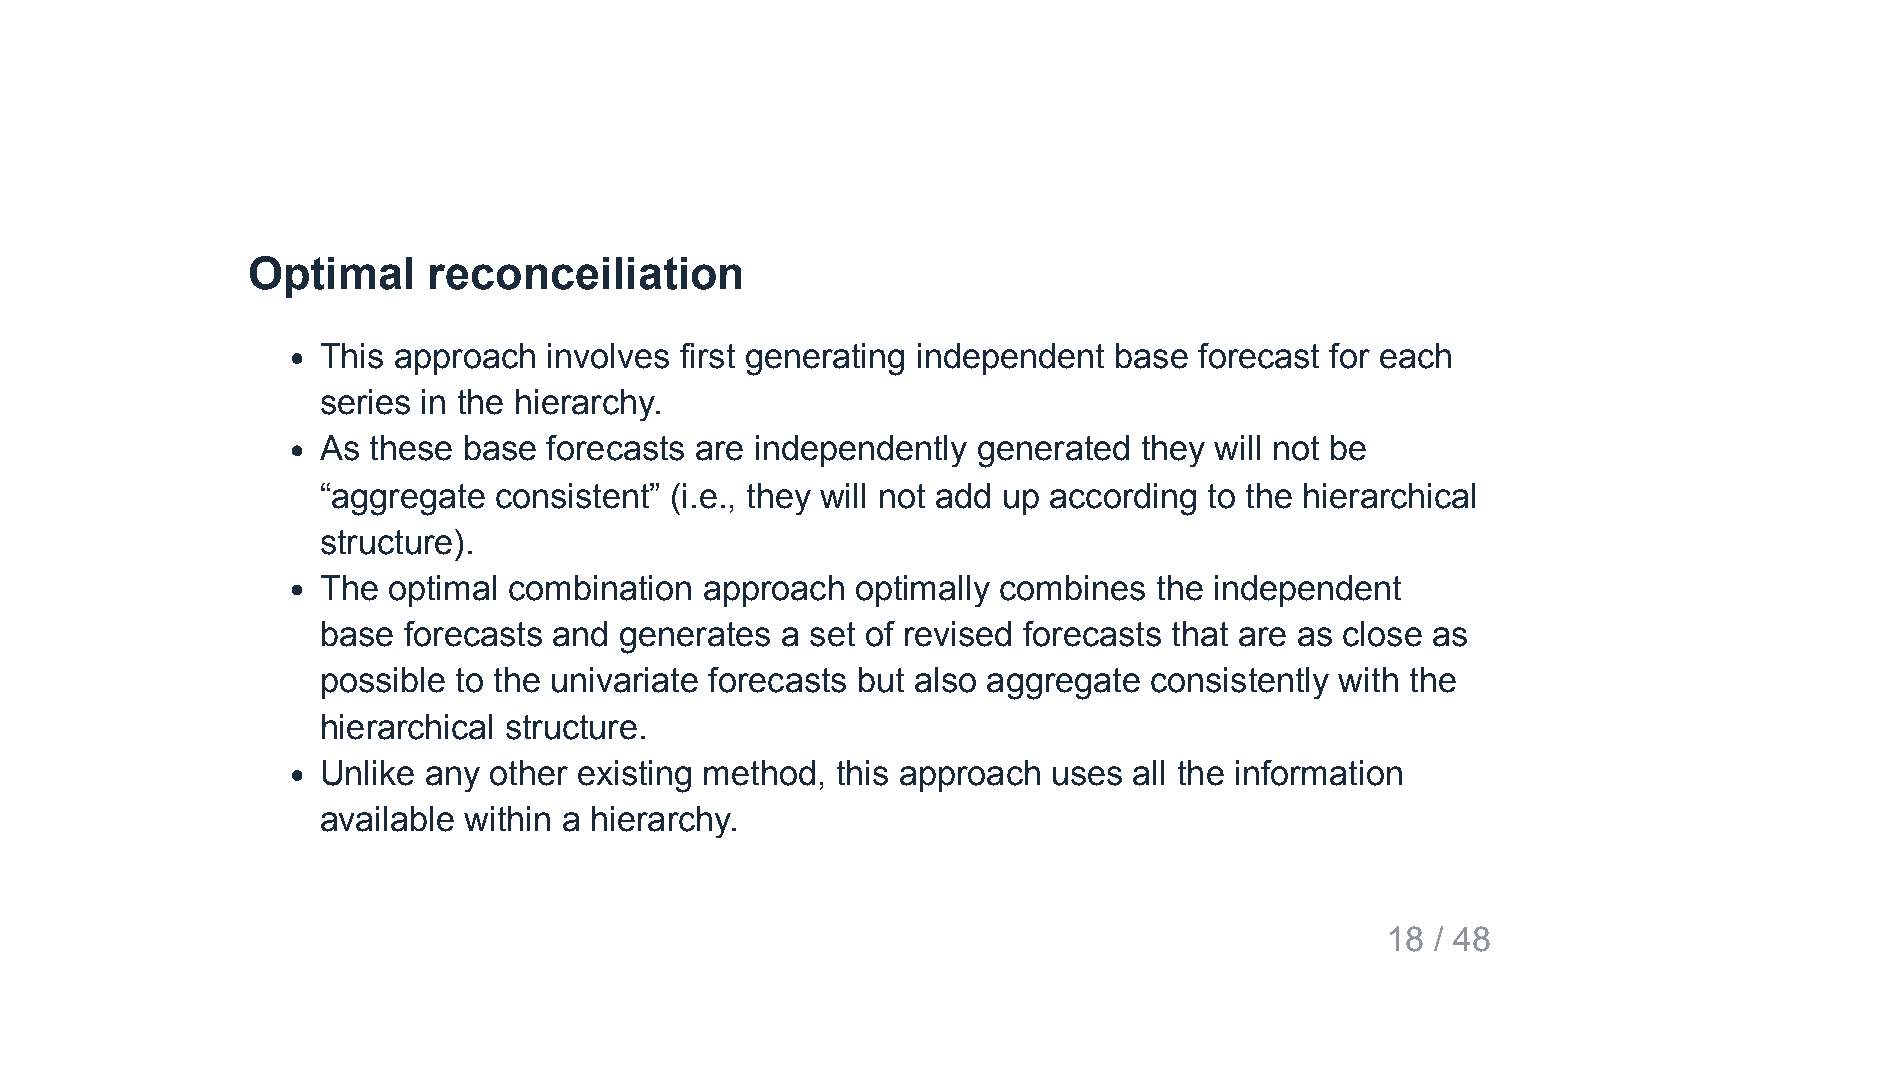
Optimal     reconceiliation
 This approach  involves first generating independent base forecast for each
 series in the hierarchy.
 As these  base forecasts are independently  generated  they will not be
 “aggregate  consistent” (i.e., they will not add up according to the hierarchical
 structure).
 The  optimal combination  approach  optimally combines  the independent
 base  forecasts and generates  a set of revised forecasts that are as close as
 possible to the univariate forecasts but also aggregate consistently with the
 hierarchical structure.
 Unlike any other existing method, this approach  uses all the information
 available within a hierarchy.
 18 / 48